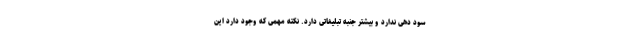
سود دهی ندارد و بیشتر جنبه تبلیغاتی دارد. نکته مهمی که وجود دارد این